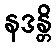
နဒန္တိ